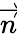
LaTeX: \overrightarrow{n}